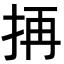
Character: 𭠣